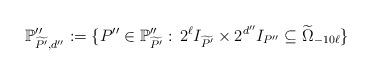
LaTeX: \begin{align*} \mathbb{P}''_{\widetilde{P'},d''}:=\{P''\in\mathbb{P}''_{\widetilde{P'}}: \, 2^{\ell}I_{\widetilde{P'}}\times2^{d''}I_{P''}\subseteq\widetilde{\Omega}_{-10\ell}\}\end{align*}